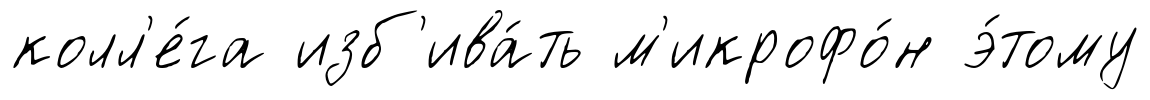
колл'е́га изб'ива́ть м'икрофо́н э́тому